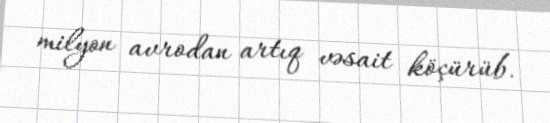
milyon avrodan artıq vəsait köçürüb.